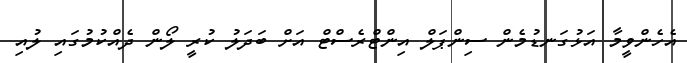
އެހެންވީމާ އަޅުގަނޑުމެން ސިންޕަލް އިންޓްރެސްޓް އަށް ބަދަލު ކުރީ ލޯން ދެއްކުމުގައި ލުއި